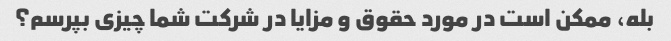
بله، ممکن است در مورد حقوق و مزایا در شرکت شما چیزی بپرسم؟